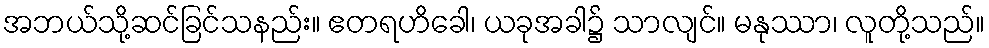
အဘယ်သို့ဆင်ခြင်သနည်း။ ဧတရဟိခေါ၊ ယခုအခါ၌ သာလျင်။ မနုဿာ၊ လူတို့သည်။